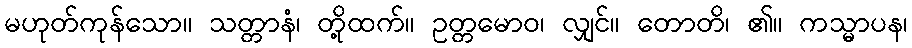
မဟုတ်ကုန်သော။ သတ္တာနံ၊ တို့ထက်။ ဥတ္တမောဝ၊ လျှင်။ တောတိ၊ ၏။ ကသ္မာပန၊